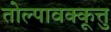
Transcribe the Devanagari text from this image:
तोल्पावक्कूत्तु